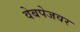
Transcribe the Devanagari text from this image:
वेबपेजवर